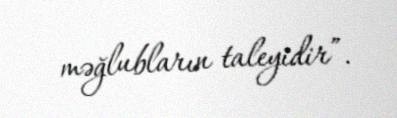
məğlubların taleyidir”.